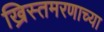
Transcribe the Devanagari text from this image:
ख्रिस्तमरणाच्या